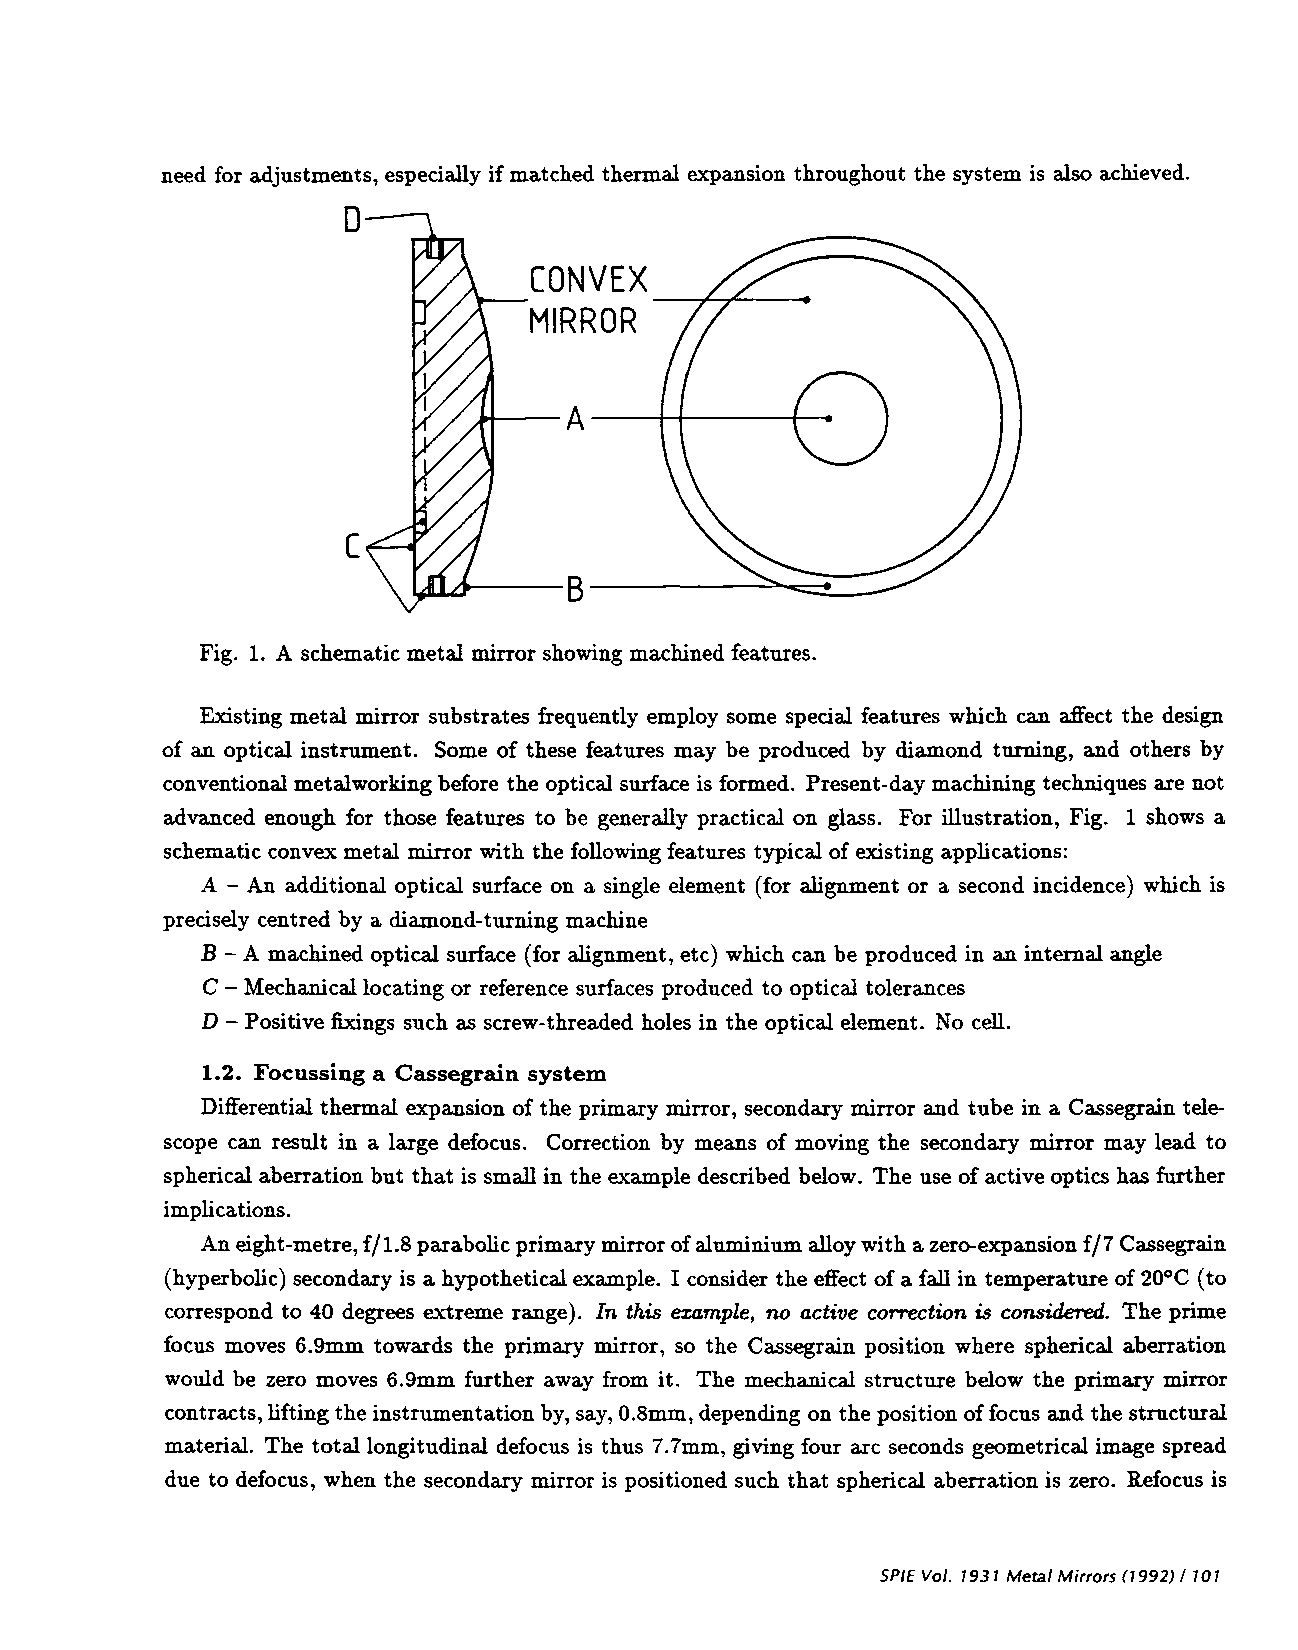
need for adjustments, especially if matched thermal expansion throughout the system is also achieved.
 D
 C
 Fig. 1. A schematic metal mirror showing machined features.
 Existing metal mirror substrates frequently employ some special features which can affect the design
 of an optical instrument. Some of these features may be produced by diamond turning, and others by
 conventional metalworking before the optical surface is formed. Present-day machining techniques are not
 advanced enough for those features to be generally practical on glass. For illustration, Fig. 1 shows a
 schematic convex metal mirror with the following features typical of existing applications:
 A —An additional optical surface on a single element (for alignment or a second incidence) which is
 precisely centred by a diamond-turning machine
 B —Amachined optical surface (for alignment, etc) which can be produced in an internal angle
 C — Mechanicallocating or reference surfaces produced to optical tolerances
 D — Positivefixings such as screw-threaded holes in the optical element. No cell.
 1.2. Focussing a Cassegrain system
 Differential thermal expansion of the primary mirror, secondary mirror and tube in a Cassegrain tele-
 scope can result in a large defocus. Correction by means of moving the secondary mirror may lead to
 spherical aberration but that is small in the example described below. The use of active optics has further
 implications.
 An eight-metre, f/i.8 parabolic primary mirror of aluminium alloy with a zero-expansion f/7 Cassegrain
 (hyperbolic) secondary is a hypothetical example. I consider the effect of a fall in temperature of 20°C (to
 correspond to 40 degrees extreme range). In this example, no active correction is considered. The prime
 focus moves 6.9mm towards the primary mirror, so the Cassegrain position where spherical aberration
 would be zero moves 6.9mm further away from it. The mechanical structure below the primary mirror
 contracts, lifting the instrumentation by, say, 0.8mm, depending on the position of focus and the structural
 material. The total longitudinal defocus is thus 7.7mm, giving four arc seconds geometrical image spread
 due to defocus, when the secondary mirror is positioned such that spherical aberration is zero. Refocus is
 SPIE Vol. 1931 MetalMirrors(1992)! 101